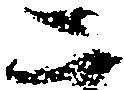
二